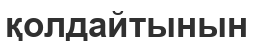
қолдайтынын